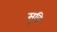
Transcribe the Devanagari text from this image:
सुद्धि